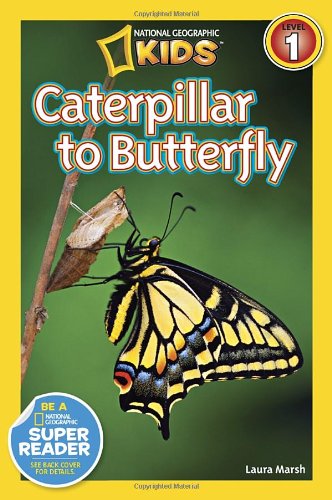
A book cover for National Geographic Readers: Caterpillar to Butterfly; Laura Marsh; Children's Books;